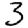
Digit: 3